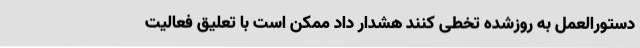
دستورالعمل به روزشده تخطی کنند هشدار داد ممکن است با تعلیق فعالیت